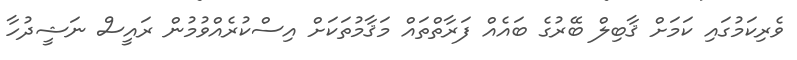
ވެރިކަމުގައި ކަމަށް ޤާބިލް ބޭރުގެ ބައެއް ފަރާތްތައް މަޤާމުތަކަށް އިސްކުރެއްވުމުން ރައީސް ނަޝީދުހާ